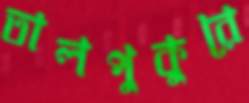
তালপুকুরে